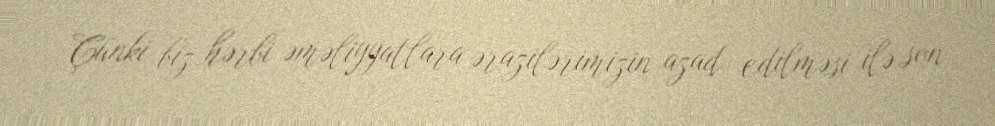
Çünki biz hərbi əməliyyatlara ərazilərimizin azad edilməsi ilə son